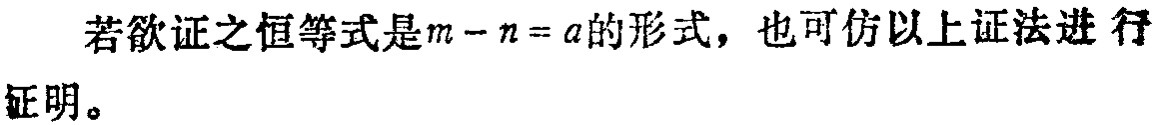
若欲证之恒等式是\(m - n = a\)的形式，也可仿以上证法进行证明。